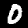
Label: 0